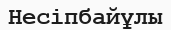
Несіпбайұлы